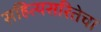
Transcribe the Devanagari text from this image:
सहित्यसरितेचा